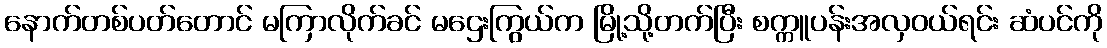
နောက်တစ်ပတ်တောင် မကြာလိုက်ခင် မဌေးကြွယ်က မြို့သို့တက်ပြီး စက္ကူပန်းအလှဝယ်ရင်း ဆံပင်ကို